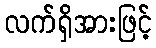
လက်ရှိအားဖြင့်